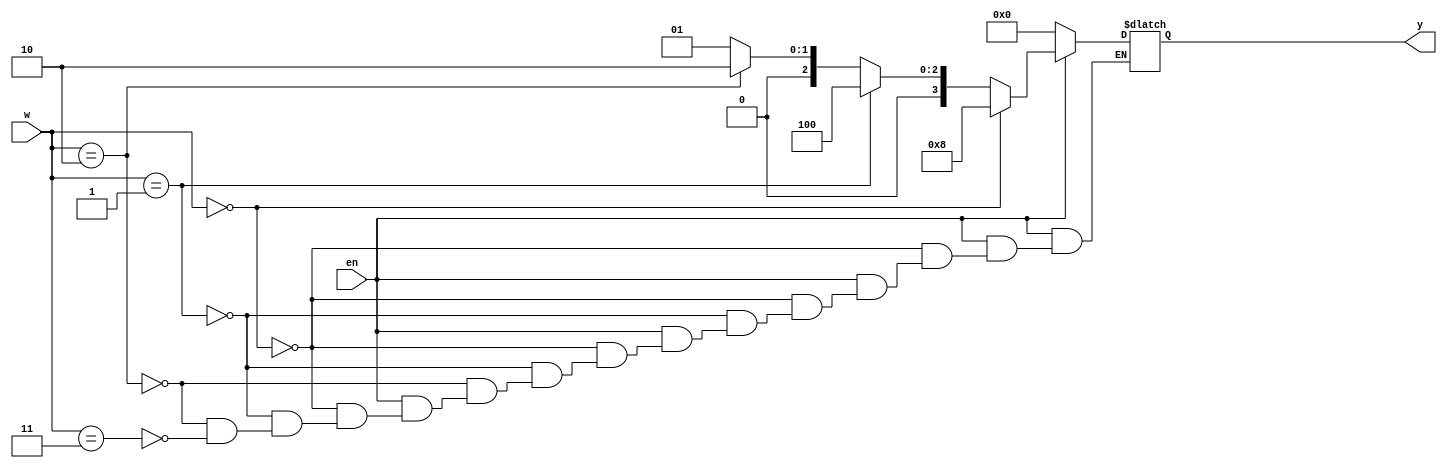
module dec2to4(w,y,en);
input[1:0]w;
input en;
output reg [0:3]y;
always @(w,en)begin
if(en==1)begin
if (w==0)
y=4'b1000;
else if(w==1)
y=4'b0100;
else if(w==2)
y=4'b0010;
else if(w==3)
y=4'b0001;
end 
else begin
y=4'b0000;
end
end
endmodule